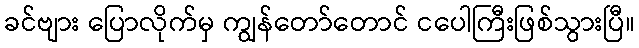
ခင်ဗျား ပြောလိုက်မှ ကျွန်တော်တောင် ငပေါကြီးဖြစ်သွားပြီ။